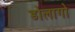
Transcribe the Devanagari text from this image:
डोलागो